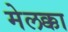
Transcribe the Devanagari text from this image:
मेलक्का